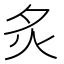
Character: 𬉹